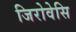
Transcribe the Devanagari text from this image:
जिरोवेसि